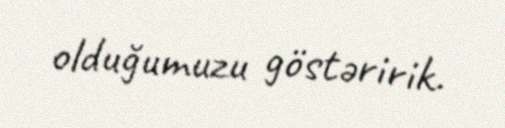
olduğumuzu göstəririk.